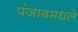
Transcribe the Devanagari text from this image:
पंजाबमधले